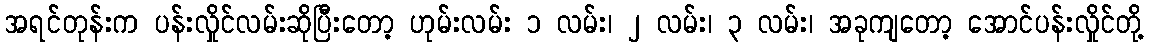
အရင်တုန်းက ပန်းလှိုင်လမ်းဆိုပြီးတော့ ဟုမ်းလမ်း ၁ လမ်း၊ ၂ လမ်း၊ ၃ လမ်း၊ အခုကျတော့ အောင်ပန်းလှိုင်တို့